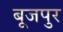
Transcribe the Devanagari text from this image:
बूजपुर